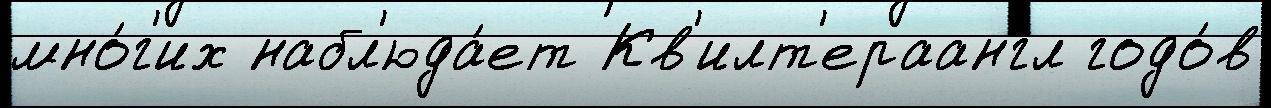
мно́г'их набл'юда́ет Кв'илт'ераангл годо́в